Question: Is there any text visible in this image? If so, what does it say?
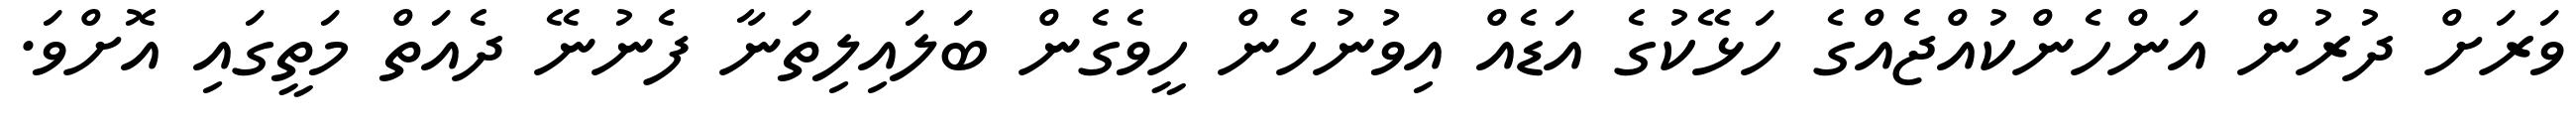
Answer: ވަރަށް ދުރުން އަންހެންކުއްޖެއްގެ ހަޅޭކުގެ އަޑެއް އިވުނުހެން ހީވެގެން ބަލައިލިތަނާ ފެނުނޭ ދެއަތް މަތީގައި އޮށްވަ.